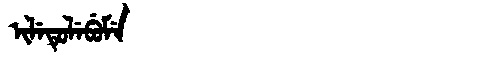
Manchu: ᡳᠯᡝᡨᡠᠯᡝᠪᡠᠮᡝ
Romanization: ILETULEBUME